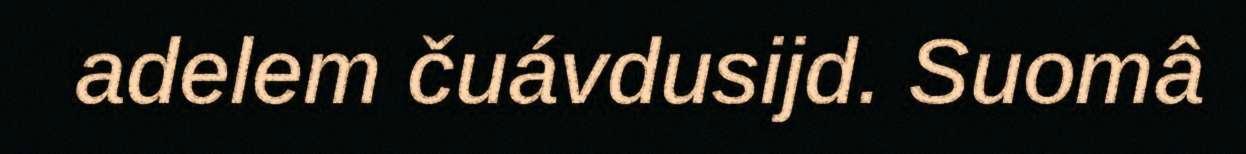
adelem čuávdusijd. Suomâ